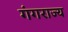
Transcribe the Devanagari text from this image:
गंगराज्य